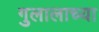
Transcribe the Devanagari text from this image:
गुलालाच्या